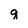
Character: q